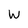
Character: W